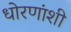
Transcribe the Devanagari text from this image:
धोरणांशी